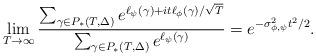
LaTeX: \begin{align*} \lim_{T \rightarrow \infty} \frac{\sum_{\gamma \in P_*(T,\Delta)} e^{\ell_\psi(\gamma) + it\ell_\phi(\gamma)/\sqrt{T}}}{ \sum_{\gamma \in P_*(T,\Delta)} e^{\ell_\psi(\gamma)}} = e^{-\sigma_{\phi,\psi}^2t^2/2}. \end{align*}